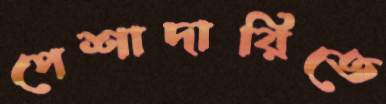
পেশাদারিতে